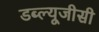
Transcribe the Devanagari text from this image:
डब्ल्यूजीसी